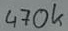
Text: 470k